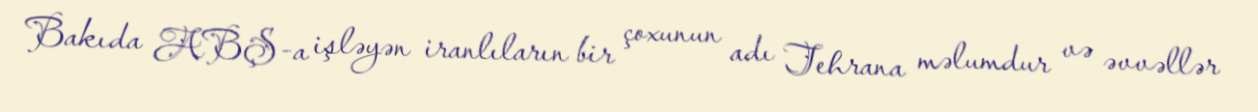
Bakıda ABŞ-a işləyən iranlıların bir çoxunun adı Tehrana məlumdur və əvvəllər